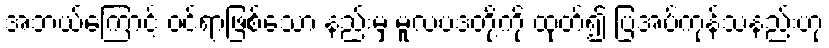
အဘယ်ကြောင့် ဝင်ရာဖြစ်သော နည်းမှ မူလပဒတို့ကို ထုတ်၍ ပြအပ်ကုန်သနည်းဟု